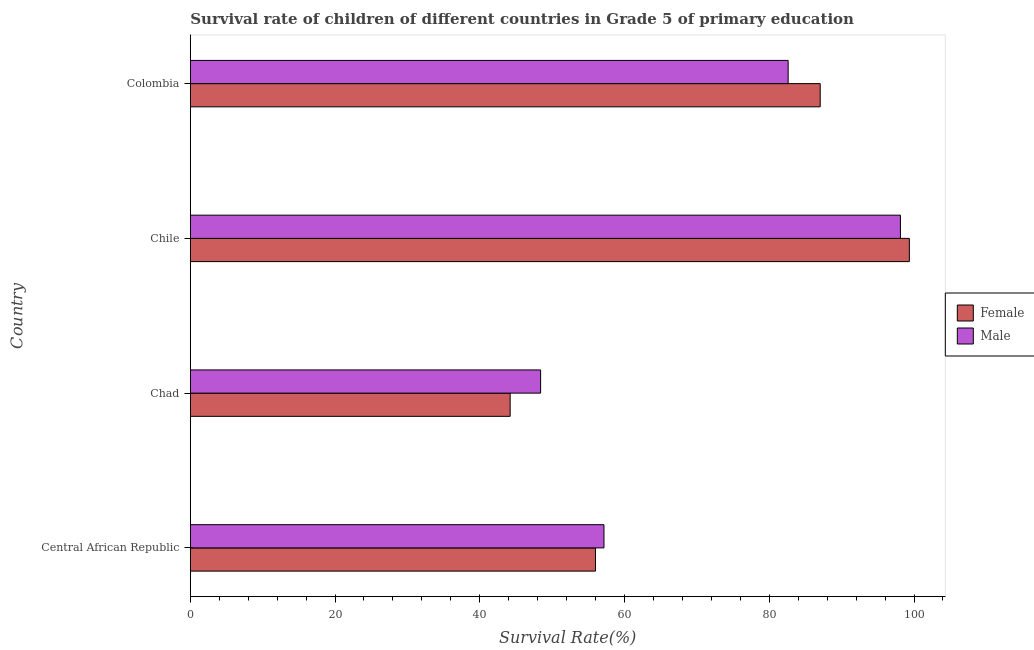
| Country | Female | Male |
 | --- | --- | --- |
 | Central African Republic | 56 | 57.2 |
 | Chad | 44.2 | 48.4 |
 | Chile | 99.4 | 98.1 |
 | Colombia | 87 | 82.6 |